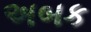
અબક